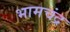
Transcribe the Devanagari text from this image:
भामचंद्र